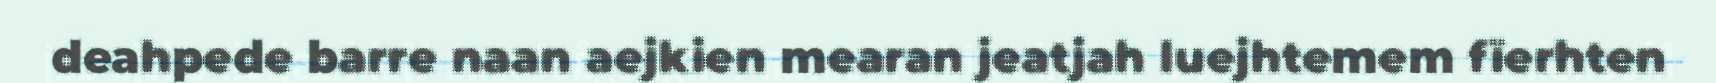
deahpede barre naan aejkien mearan jeatjah luejhtemem fïerhten